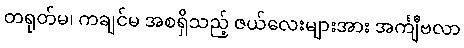
တရုတ်မ၊ ကချင်မ အစရှိသည့် ဇယ်လေးများအား အင်္ကျီဗလာ